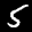
Label: 5